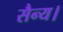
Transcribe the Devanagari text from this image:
सैन्य।